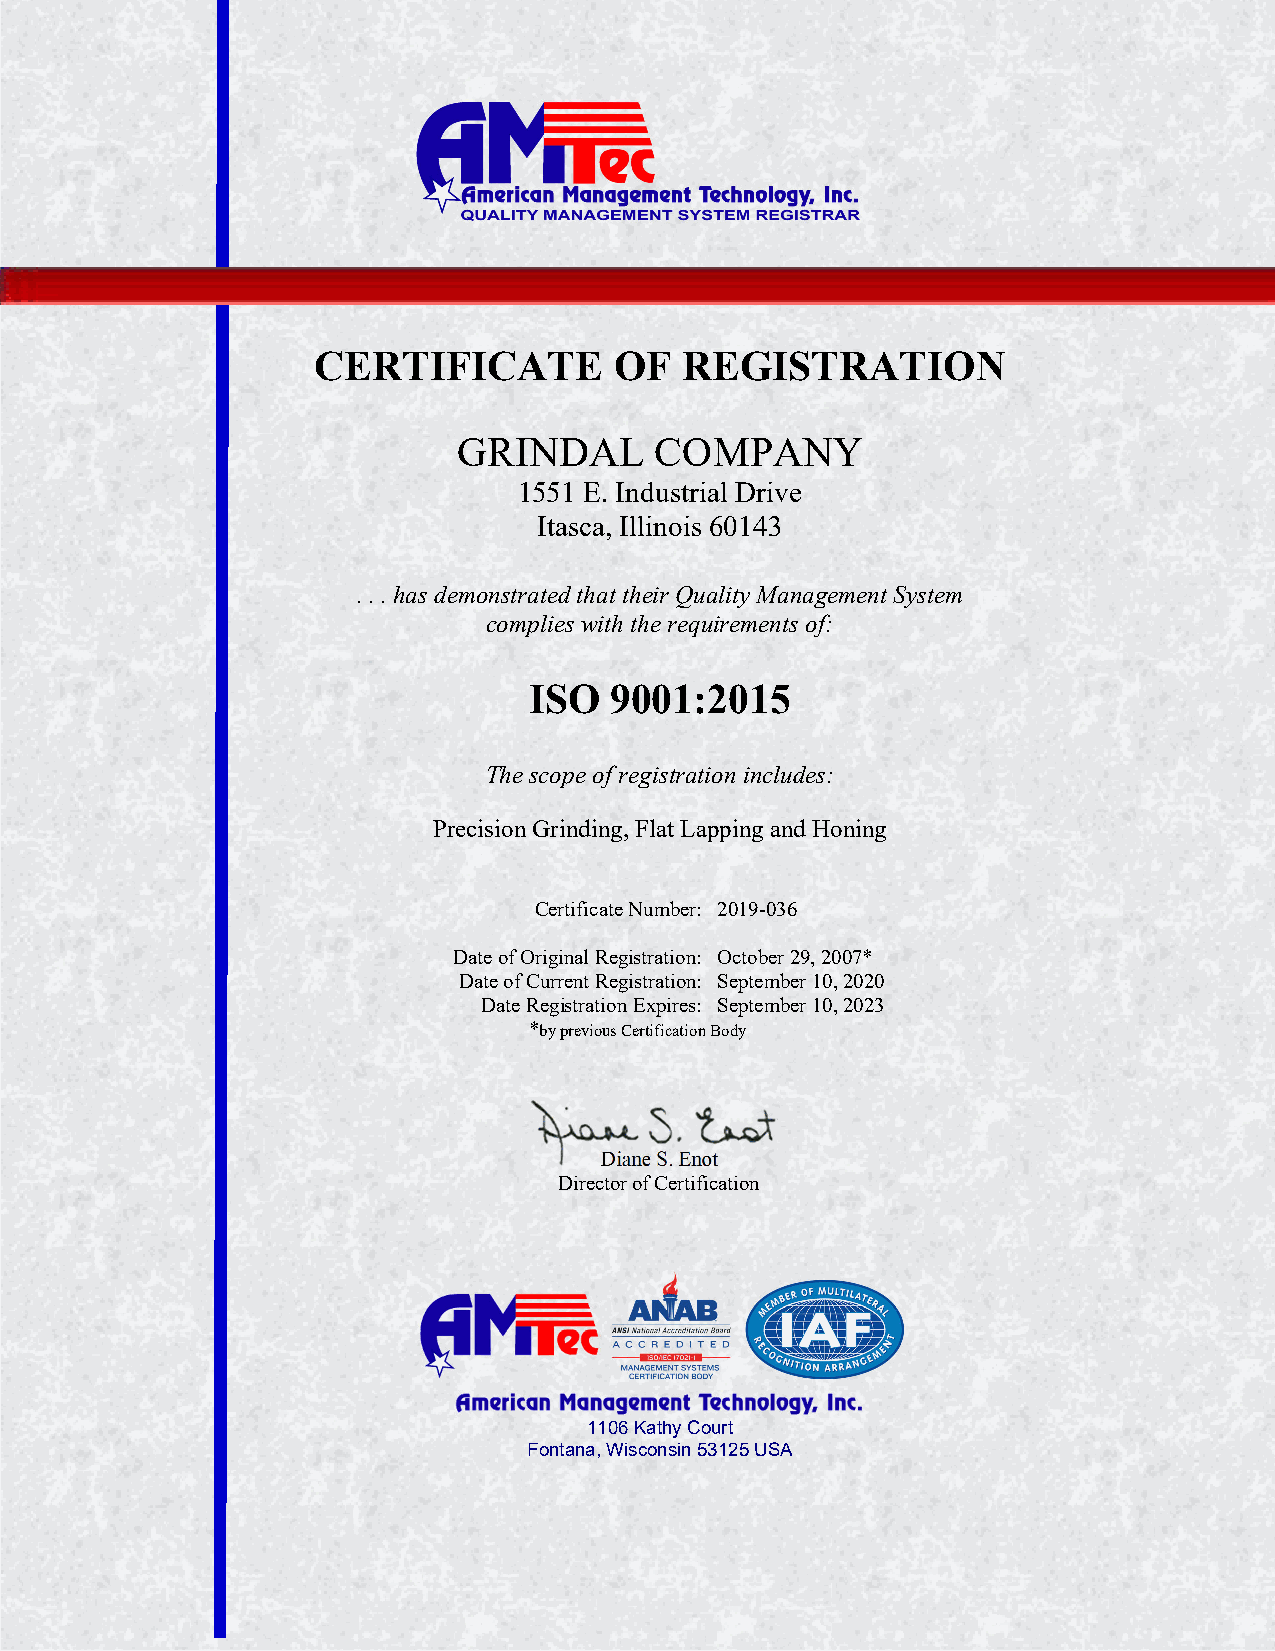
CERTIFICATE         OF  REGISTRATION
 GRINDAL      COMPANY
 1551 E. Industrial Drive
 Itasca, Illinois 60143
 . . . has demonstrated that their Quality Management System
 complies with the requirements of:
 ISO  9001:2015
 The scope of registration includes:
 Precision Grinding, Flat Lapping and Honing
 Certificate Number: 2019-036
 Date of Original Registration: October 29, 2007*
 Date of Current Registration: September 10, 2020
 Date Registration Expires: September 10, 2023
 *by previous Certification Body
 Diane S. Enot
 Director of Certification
 1106 Kathy Court
 Fontana, Wisconsin 53125 USA